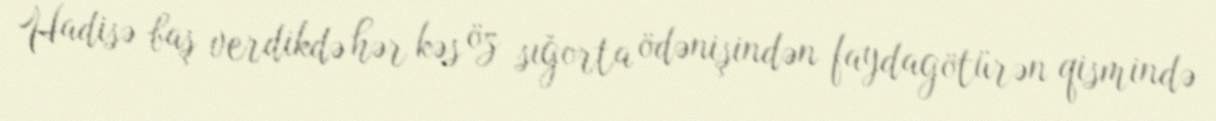
Hadisə baş verdikdə hər kəs öz sığorta ödənişindən faydagötürən qismində